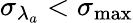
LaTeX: {\sigma_{\lambda_{a}}}<\sigma_{\mathrm{max}}